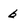
Character: 6